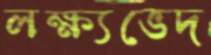
লক্ষ্যভেদ